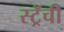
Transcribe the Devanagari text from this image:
स्ट्रॅची